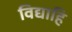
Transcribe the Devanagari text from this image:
विद्याहि